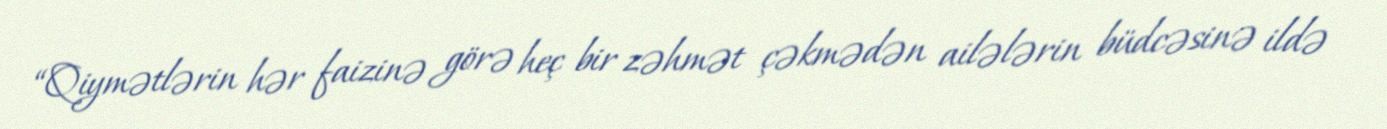
“Qiymətlərin hər faizinə görə heç bir zəhmət çəkmədən ailələrin büdcəsinə ildə